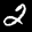
Label: 2